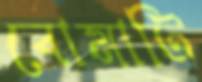
বোমাটি